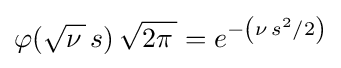
\varphi ({\sqrt {\nu \,}}\,s)\,{\sqrt {2\pi \,}}=e^{-\left(\nu \,s^{2}/2\right)}